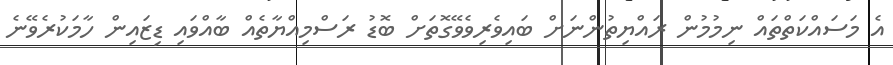
އެ މަސައްކަތްތައް ނިމުމުން ރައްޔިތުންނަށް ބައިވެރިވެވޭގޮތަށް ބޮޑު ރަސްމިއްޔާތެއް ބާއްވައި ޑިޒައިން ހާމަކުރެވޭނެ